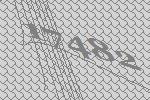
17482